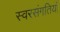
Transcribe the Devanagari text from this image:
स्वरसंगतियाँ